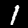
Digit: 1